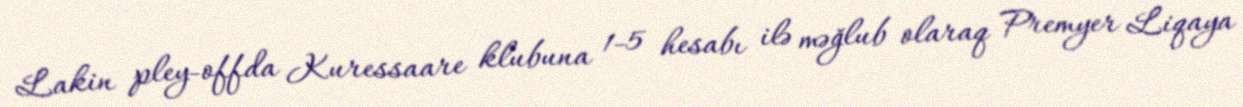
Lakin pley-offda Kuressaare klubuna 1-5 hesabı ilə məğlub olaraq Premyer Liqaya